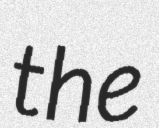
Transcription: the